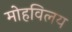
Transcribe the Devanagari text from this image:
मोहविलय